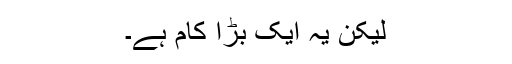
لیکن یہ ایک بڑا کام ہے۔